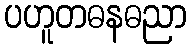
ပဟူတဓနဓညာ